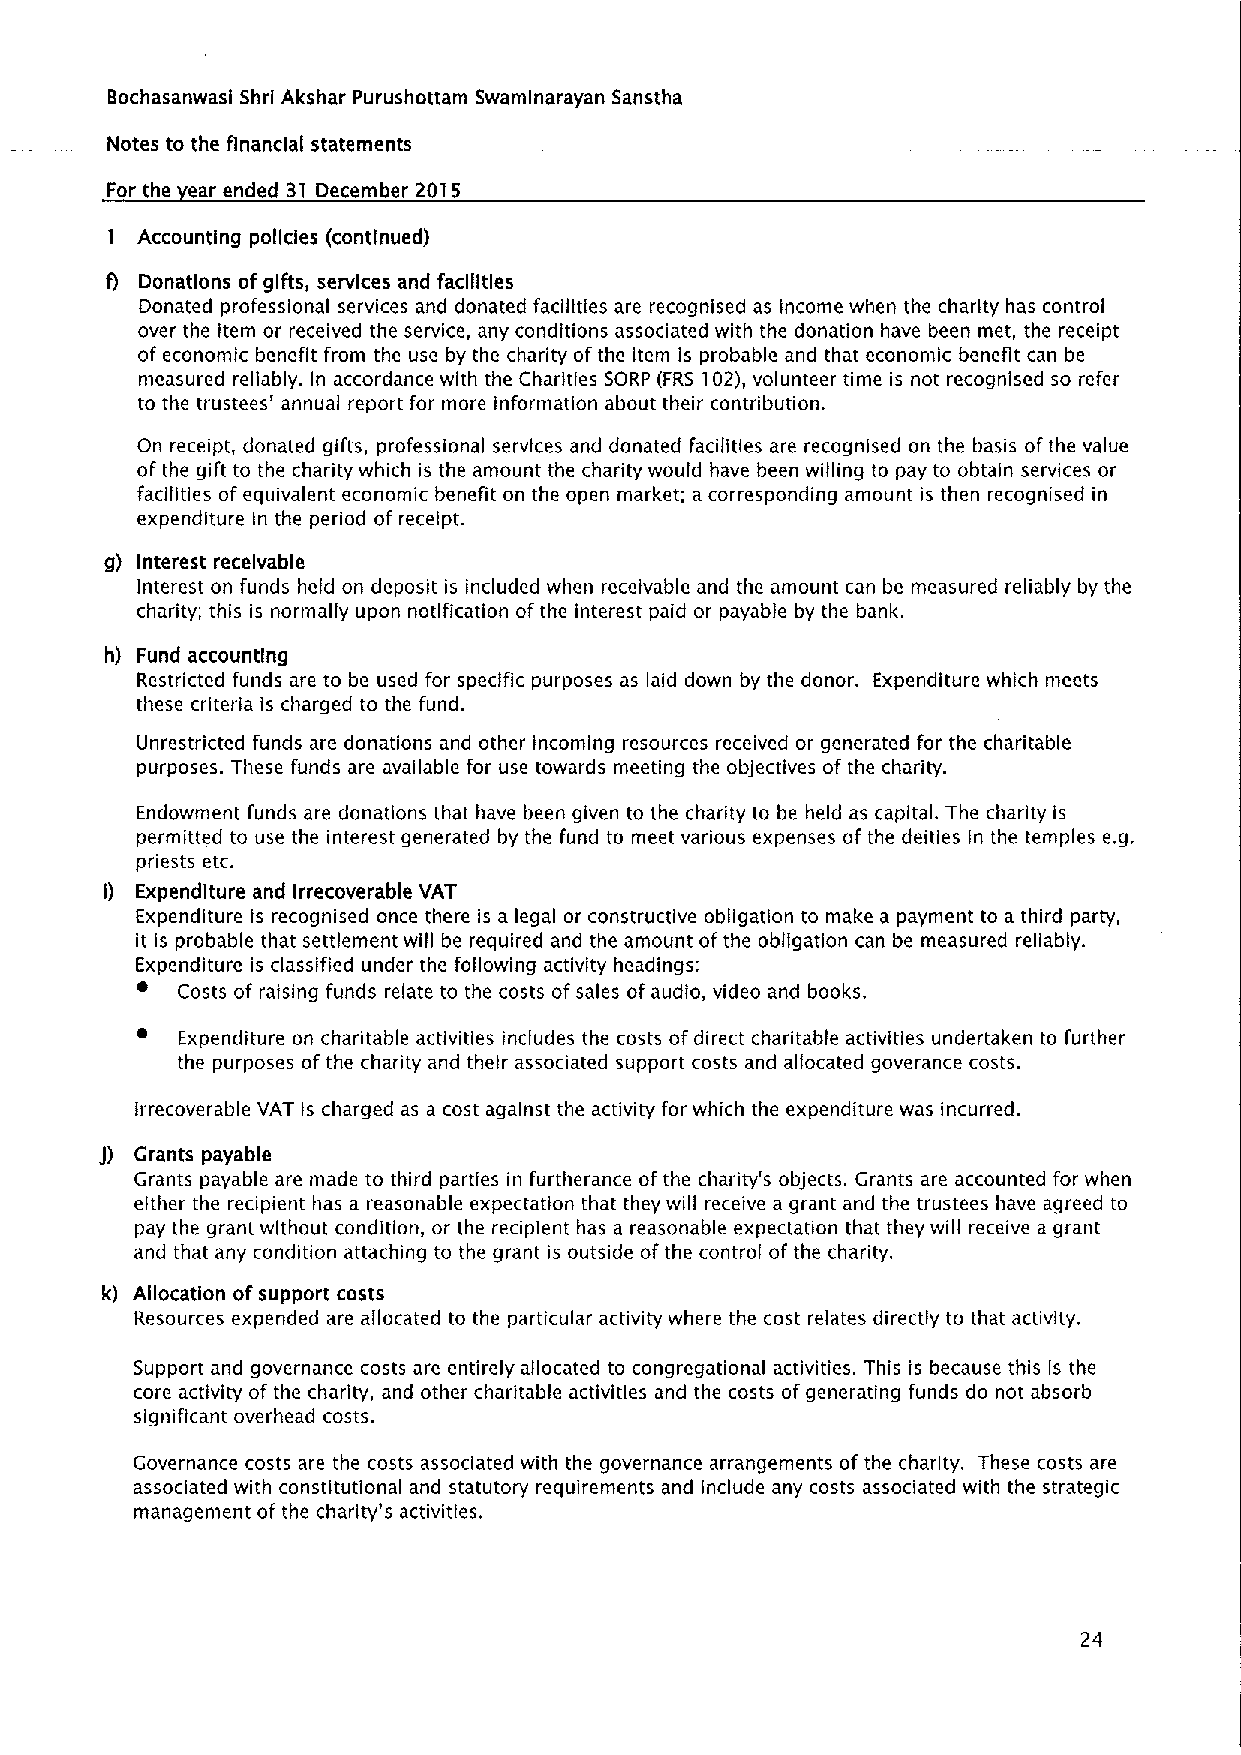
Bochasanwasf Shrl Akshar Purushottam Swamlnarayan Sanstha
 Notes to the financial statements
 For the ear ended 31 December 2015
 Accounting policies (continued)
 Donations ofgifts, services and facilities
 Donated professional services and donated facilities are recognised as income when the charity has control
 over the item or received the service, any conditions associated with the donation have been met, the receipt
 ofeconomic benefit from the use by the charity ofthe item is probable and that economic benefit can be
 measured reliably. In accordance with the Charities SORP (FRS 102),volunteer time is not recognised so refer
 to the trustees' annual report for more information about their contribution.
 On receipt, donated gifts, professional services and donated facilities are recognised on the basis ofthe value
 ofthe gift to the charity which is the amount the charity would have been willing to pay to obtain services or
 facilities ofequivalent economic benefit on the open market; a corresponding amount is then recognised in
 expenditure In the period of receipt.
 g) Interest receivable
 Interest on funds held on deposit is included when receivable and the amount can be measured reliably by the
 charity; this Is normally upon notification ofthe interest paid or payable by the bank.
 h) Fund accounting
 Restricted funds are to be used for specific purposes as laid down by the donor. Expenditure which meets
 these criteria is charged to the fund.
 Unrestricted funds are donations and other incoming resources received or generated for the charitable
 purposes. 1hese funds are available for use towards meeting the objectives of the charity.
 Endowment funds are donations that have been given to the charity to be held as capital. The charity is
 permitted to use the interest generated by the fund to meet various expenses of the deities in the temples e.g.
 priests etc.
 Expenditure and Irrecoverable VAT
 Expenditure is recognised once there is a legal or constructive obligation to make a payment to a third party,
 it is probable that settlement will be required and the amount ofthe obligation can be measured reliably.
 Expenditure is classified under the following activity headings:
 Costs of raising funds relate to the costs ofsales ofaudio, video and books.
 Expenditure on charitable activities includes the costs ofdirect charitable activities undertaken to further
 the purposes of the charity and their associated support costs and allocated goverance costs.
 Irrecoverable VAT is charged as a cost against the activity for which the expenditure was incurred.
 Grants payable
 Grants payable are made to third parties in furtherance ofthe charity's objects. Grants are accounted for when
 either the recipient has a reasonable expectation that they will receive a grant and the trustees have agreed to
 pay the grant without condition, or the recipient has a reasonable expectation that they will receive a grant
 and that any condition attaching to the grant is outside ofthe control of the charity.
 Allocation ofsupport costs
 Resources expended are allocated to the particular activity where the cost relates directly to that activity.
 Support and governance costs are entirely allocated to congregational activities. This is because this is the
 core activity of the charity, and other charitable activities and the costs ofgenerating funds do not absorb
 significant overhead costs.
 Governance costs are the costs associated with the governance arrangements ofthe charity. These costs are
 associated with constitutional and statutory requirements and include any costs associated with the strategic
 management of the charity's activities.
 24